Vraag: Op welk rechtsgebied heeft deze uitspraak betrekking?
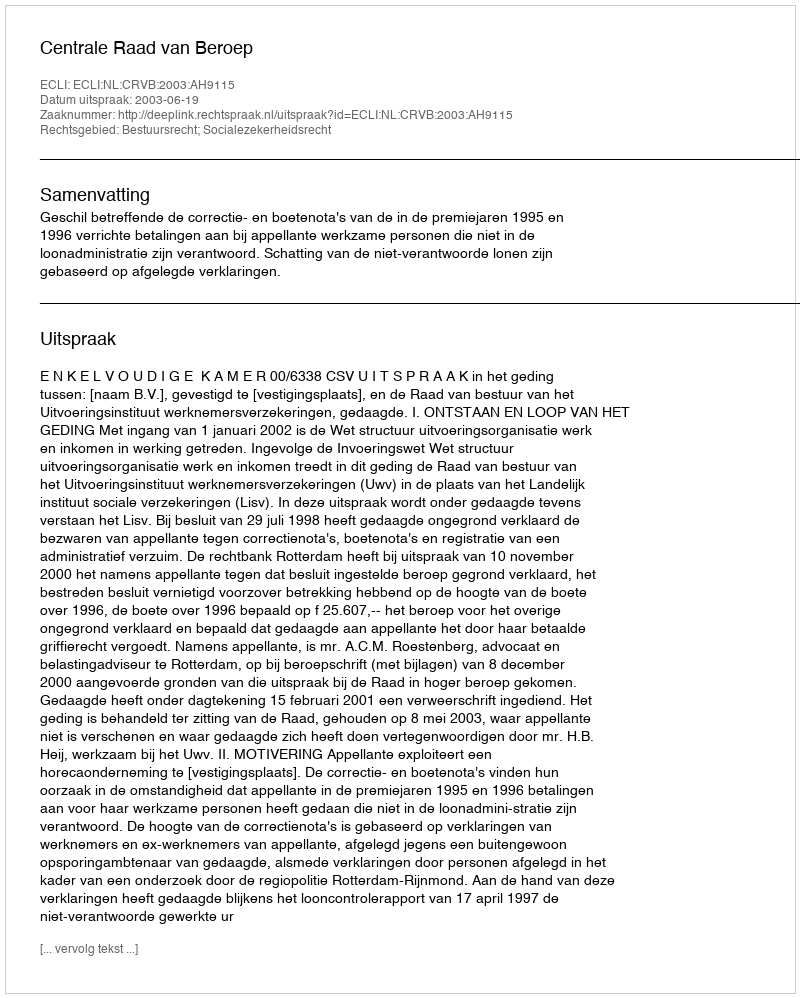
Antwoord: Bestuursrecht; Socialezekerheidsrecht